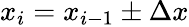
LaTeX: x_{i}=x_{i-1}\pm\Delta x